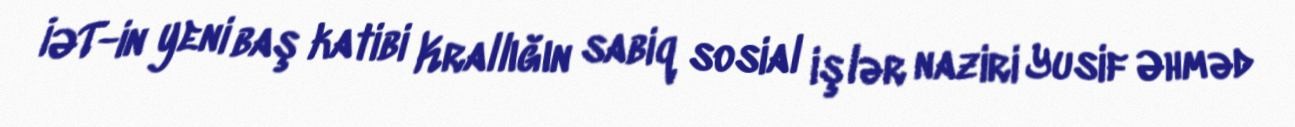
İƏT-in yeni baş katibi Krallığın sabiq sosial işlər naziri Yusif Əhməd